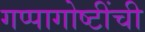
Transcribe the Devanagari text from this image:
गप्पागोष्टींची